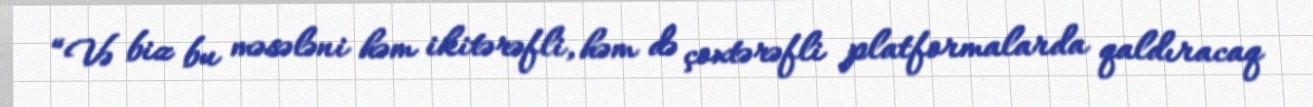
“Və biz bu məsələni həm ikitərəfli, həm də çoxtərəfli platformalarda qaldıracaq